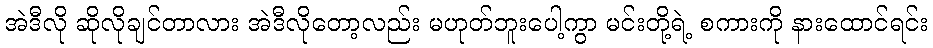
အဲဒီလို ဆိုလိုချင်တာလား အဲဒီလိုတော့လည်း မဟုတ်ဘူးပေါ့ကွာ မင်းတို့ရဲ့ စကားကို နားထောင်ရင်း